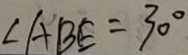
\angle A B E = 3 0 ^ { \circ }